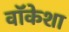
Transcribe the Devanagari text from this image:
वॉकेशा